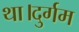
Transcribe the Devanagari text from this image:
था।दुर्गम